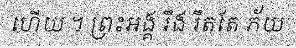
ហើយ ។ ព្រះអង្គ រឹង រឹតតែ ភ័យ